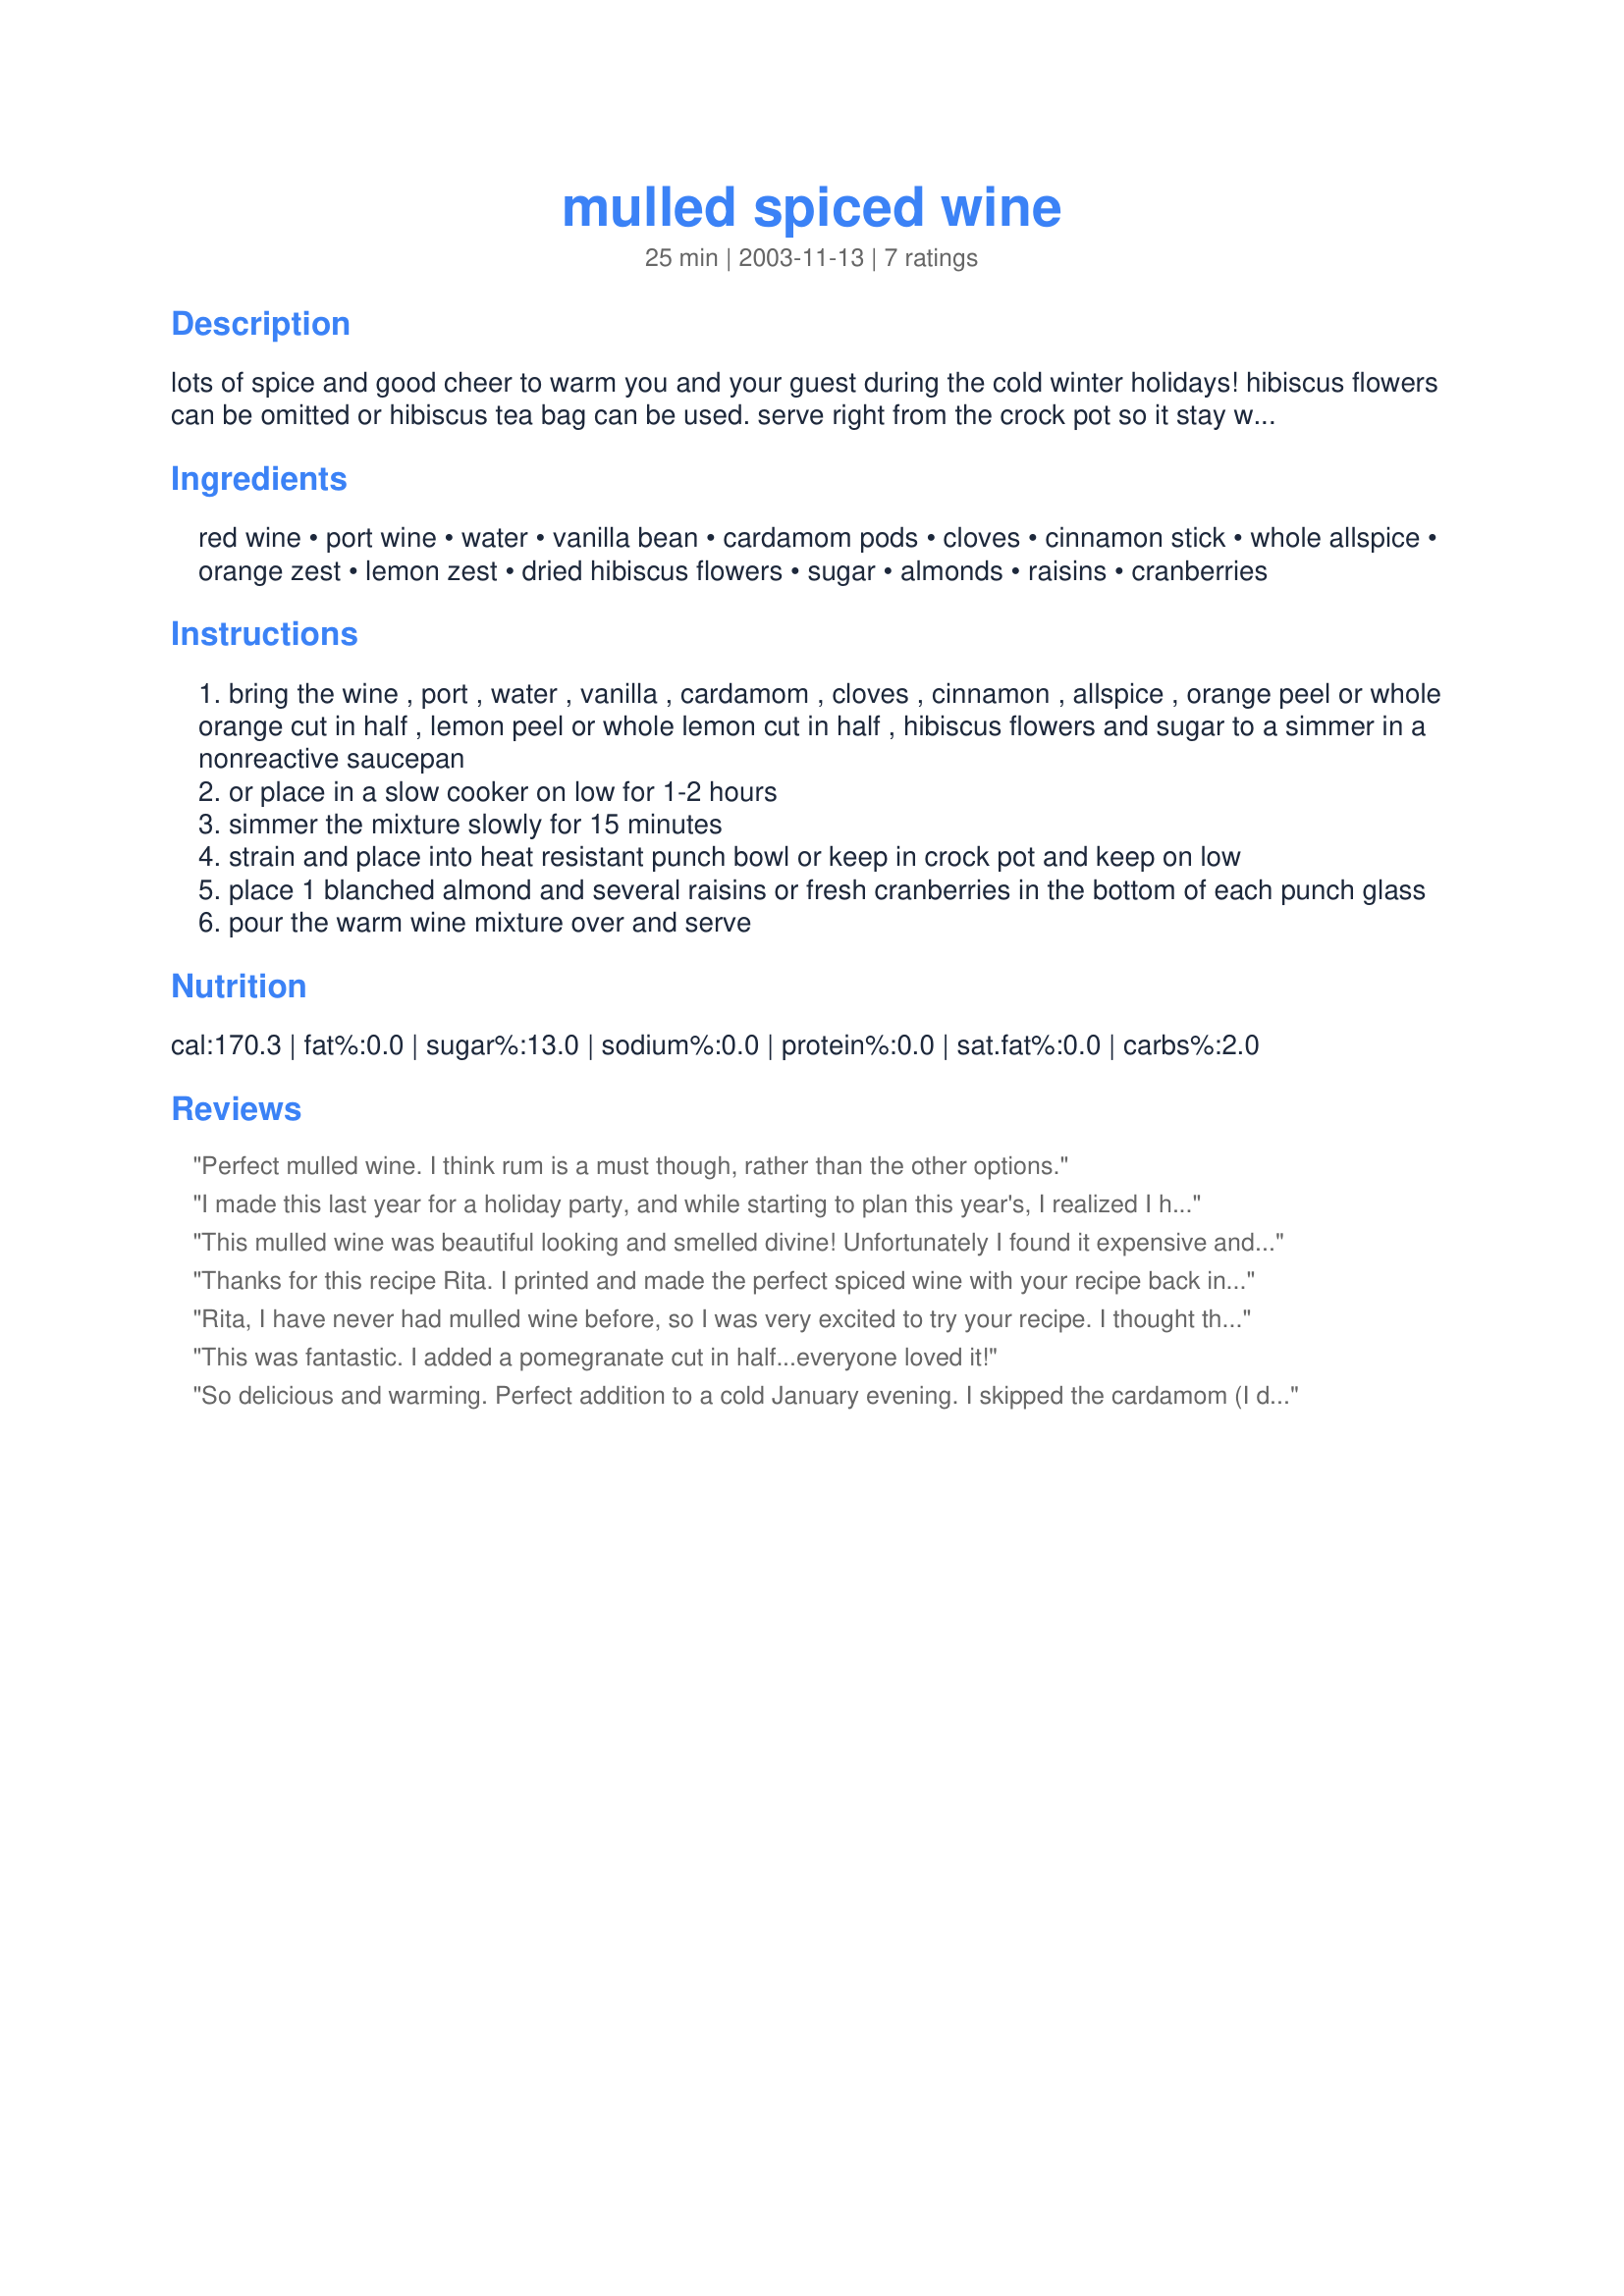
mulled spiced wine
Preparation time: 25 minutes

lots of spice and good cheer to warm you and your guest during the cold winter holidays! hibiscus flowers can be omitted or hibiscus tea bag can be used. serve right from the crock pot so it stay warm can be diluted with a little warmed water or cranberry juice. garnish with fresh cranberries.

Ingredients:
red wine, port wine, water, vanilla bean, cardamom pods, cloves, cinnamon stick, whole allspice, orange zest, lemon zest, dried hibiscus flowers, sugar, almonds, raisins, cranberries

Steps:
bring the wine , port , water , vanilla , cardamom , cloves , cinnamon , allspice , orange peel or whole orange cut in half , lemon peel or whole lemon cut in half , hibiscus flowers and sugar to a simmer in a nonreactive saucepan
or place in a slow cooker on low for 1-2 hours
simmer the mixture slowly for 15 minutes
strain and place into heat resistant punch bowl or keep in crock pot and keep on low
place 1 blanched almond and several raisins or fresh cranberries in the bottom of each punch glass
pour the warm wine mixture over and serve

Reviews:
Perfect mulled wine. I think rum is a must though, rather than the other options.
I made this last year for a holiday party, and while starting to plan this year's, I realized I hadn't rated it. It was fun to make and smelled and tasted great. My crockpot was drained! I used port, which I will do again this year.
This mulled wine was beautiful looking and smelled divine! Unfortunately I found it expensive and the flavor was overpowering. It is hearty and for the mulled wine enthusiast.
Thanks for this recipe Rita. I printed and made the perfect spiced wine with your recipe back in Christmas 2007 when this site was still recipezaar.com
Rita, I have never had mulled wine before, so I was very excited to try your recipe. I thought that it would be a disappointment because I had built it up in my head so much, but alas it was FABULOUS. I made as you directed, used a rosehip teabag because I didn't have any dried hibiscus leaves. The only thing I left out was the garnish.
This was fantastic. I added a pomegranate cut in half...everyone loved it!
So delicious and warming. Perfect addition to a cold January evening. I skipped the cardamom (I didn't have any) and used Cointreau in place of rum/brandy since that's what I had in the house. I also threw a bag of fresh cranberries in the Crock Pot with the rest of the ingredients. The result was very similar to the one I used to drink in Poland during holidays. Yum! Thank you Rita.
